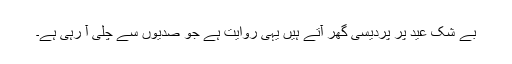
بے شک عید پر پردیسی گھر آتے ہیں یہی روایت ہے جو صدیوں سے چلی آ رہی ہے۔